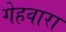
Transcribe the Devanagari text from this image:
गेहवारा